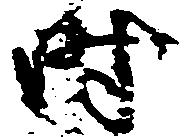
時